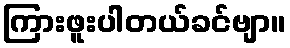
ကြားဖူးပါတယ်ခင်ဗျာ။